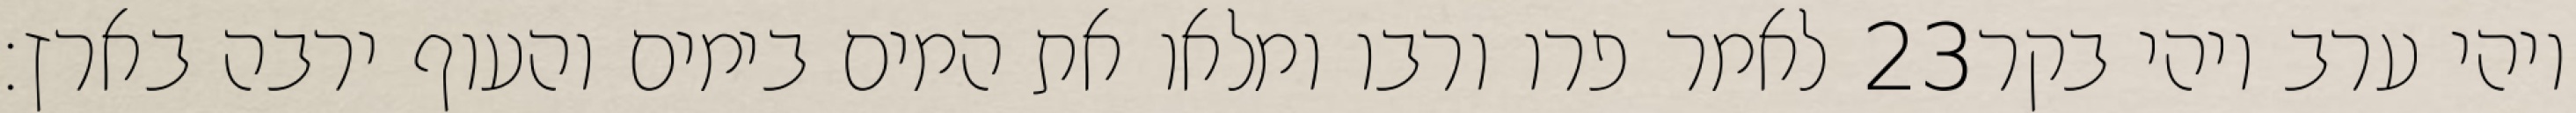
לאמר פרו ורבו ומלאו את המים בימים והעוף ירבה בארץ׃ ‎23‏ ויהי ערב ויהי בקר